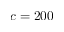
c = 2 0 0